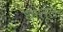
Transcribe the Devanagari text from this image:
धातूंत